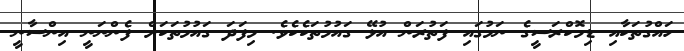
ހައްގުތަކާއި ޑިމޮކްރަސީގެ ނަމުގައި ފަތުރަން އުޅޭ ގައުމުތަކެކެވެ. މިފަދަ ގައުމުތަކަށް ފެންނަނީ އިންސާނީ